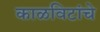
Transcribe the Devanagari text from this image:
काळविटांचे